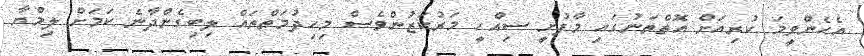
އެހެންވީމަ ކުރިއަށް އޮތްތަނުގައި މާފުށީ ސިއްހީ މަރުކަޒުންވެސް މިހިދުމަތްތައް ލިބިގެންދާނެ ކަމަށް ލިމްޔާ